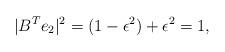
LaTeX: \begin{align*}| B^T e_2 |^2 = (1 - \epsilon^2) + \epsilon^2 = 1,\end{align*}